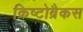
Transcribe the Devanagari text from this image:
क्रिष्टोब्रैकस